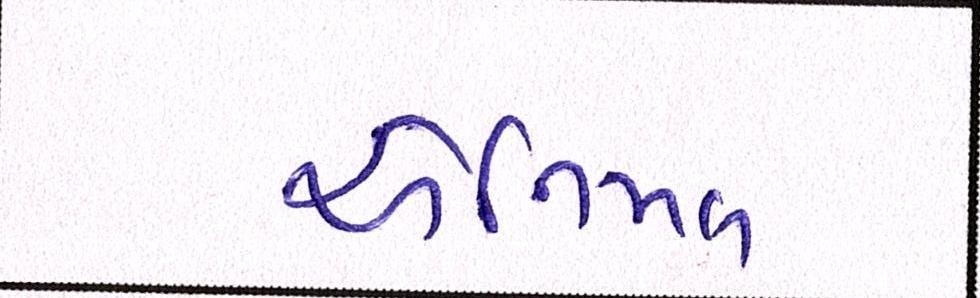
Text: એનિમલ